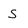
Character: S